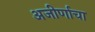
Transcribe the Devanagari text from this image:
अजीर्णाचा